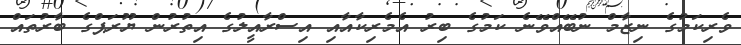
ވެރިކަމުގެ ނިޒާމް ނުބޭއްވޭނެ ކަމުގެ ބިރު އެމެރިކާއާއި އިސްރާއީލުގެ އިތުރުން ޔޫރަޕްގެ ބާރުތައް